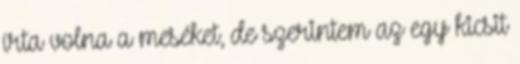
írta volna a meséket, de szerintem az egy kicsit